Leaving Certificate Examination, 1914
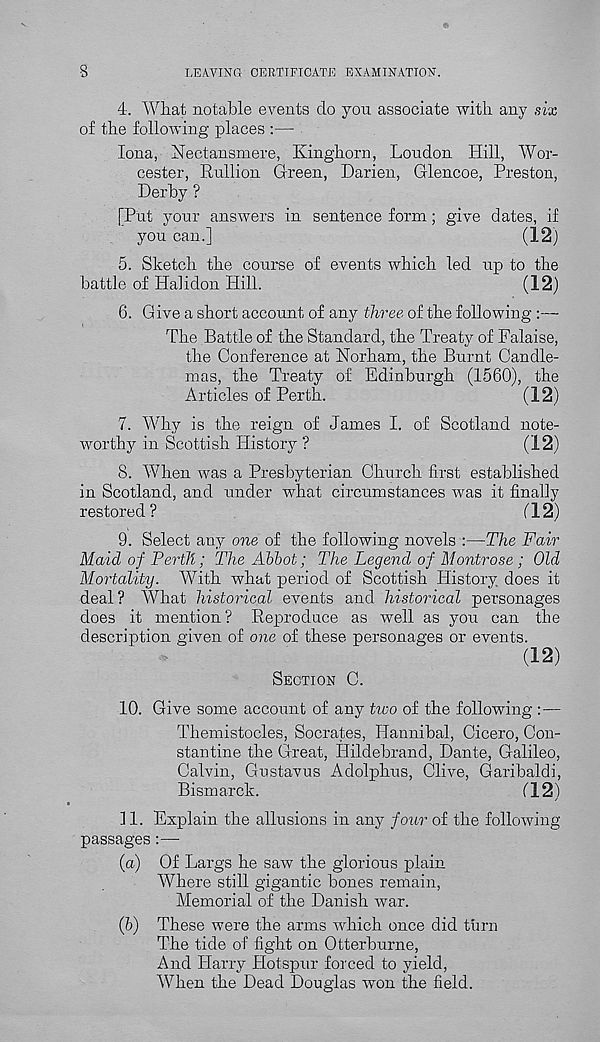
8
LEAVING CERTIFICATE EXAMINATION.
4. What notable events do you associate with any six
of the following places :—
Iona, Nectansmere, Kinghorn, Loudon Hill, Wor-
cester, Rullion Green, Darien, Glencoe, Preston,
Derby ?
[Put your answers in sentence form; give dates, if
you can.]
(12)
5. Sketch the course of events which led up to the
battle of Halidon Hill.
(12)
6. Give a short account of any three of the following :—
The Battle of the Standard, the Treaty of Falaise,
the Conference at Norham, the Burnt Candle-
mas, the Treaty of Edinburgh (1560), the
Articles of Perth.
(12)
7. Why is the reign of James I. of Scotland note-
worthy in Scottish History ?
(12)
8. When was a Presbyterian Church first established
in Scotland, and under what circumstances was it finally
restored?
("12)
9. Select any one of the following novels :—The Fair
Maid of Perth; The Abbot; The Legend of Montrose; Old
Mortality. With what period of Scottish History does it
deal? AVhat historical events and historical personages
does it mention? Reproduce as well as you can the
description given of one of these personages or events.
(12)
SECTION C.
10. Give some account of any two of the following :—
Themistocles, Socrates, Hannibal, Cicero, Con-
stantine the Great, Hildebrand, Dante, Galileo,
Calvin, Gustavus Adolphus, Clive, Garibaldi,
Bismarck.
("12)
11. Explain the allusions in any four of the following
passages:—•
(a) Of Largs he saw the glorious plain
Where still gigantic bones remain,
Memorial of the Danish war.
(b) These were the arms which once did turn
The tide of fight on Otterburne,
And Harry Hotspur forced to yield,
When the Dead Douglas won the field.